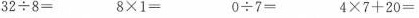
$$3 2 \div 8 =$$ $$8 \times 1 =$$ $$ 0 \div 7 =$$ $$4 \times 7 + 2 0 =$$